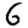
Digit: 6